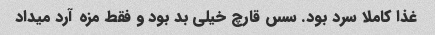
غذا کاملا سرد بود. سس قارچ خیلی بد بود و فقط مزه آرد میداد